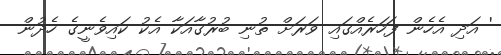
' އަދި އެހެން ފަހަރެއްގައި ވަރަށް ތުނި ބުރުގާއަކާ އެކު ކައިވެނީގެ ހެދުން